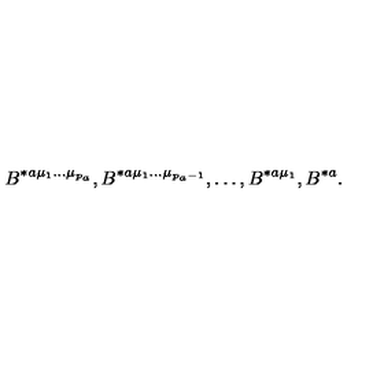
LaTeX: B ^ { * a \mu _ { 1 } \ldots \mu _ { p _ { a } } } , B ^ { * a \mu _ { 1 } \ldots \mu _ { p _ { a } - 1 } } , \ldots , B ^ { * a \mu _ { 1 } } , B ^ { * a } .